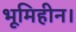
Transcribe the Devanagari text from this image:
भूमिहीन।